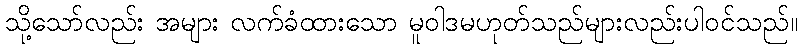
သို့သော်လည်း အများ လက်ခံထားသော မူဝါဒမဟုတ်သည်များလည်းပါဝင်သည်။